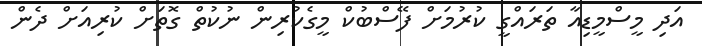
އަދި މީސްމީޑިއާ ތަރައްގީ ކުރުމަށް ފޭސްބުކް މީގެކުރިން ނުކުތް ގޮތަށް ކުރިއަށް ދެން